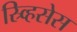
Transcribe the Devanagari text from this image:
स्र्व्हिसेस